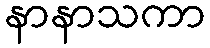
နာနာသကာ